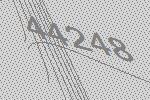
44248